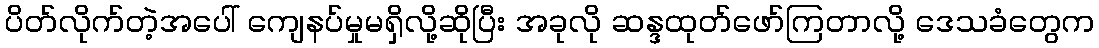
ပိတ်လိုက်တဲ့အပေါ် ကျေနပ်မှုမရှိလို့ဆိုပြီး အခုလို ဆန္ဒထုတ်ဖော်ကြတာလို့ ဒေသခံတွေက